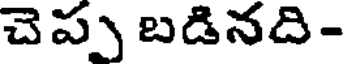
చెప్పు బడినది -